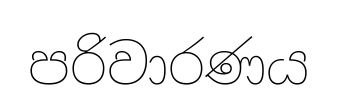
පරිවාරණය